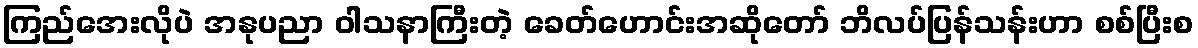
ကြည်အေးလိုပဲ အနုပညာ ဝါသနာကြီးတဲ့ ခေတ်ဟောင်းအဆိုတော် ဘိလပ်ပြန်သန်းဟာ စစ်ပြီးစ